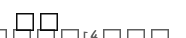
١٢